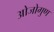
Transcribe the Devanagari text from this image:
ओजोगुण